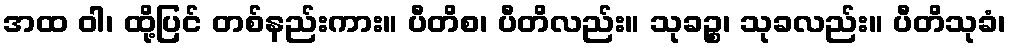
အထ ဝါ၊ ထို့ပြင် တစ်နည်းကား။ ပီတိစ၊ ပီတိလည်း။ သုခဉ္စ၊ သုခလည်း။ ပီတိသုခံ၊